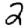
Digit: 2